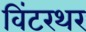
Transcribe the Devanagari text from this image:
विंटरथर